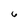
Character: 6